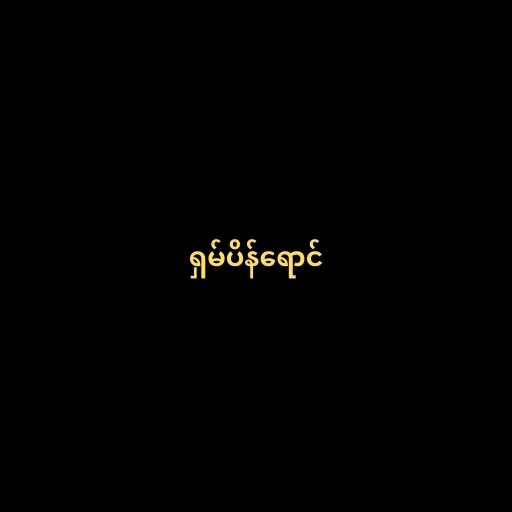
ရှမ်ပိန်ရောင်